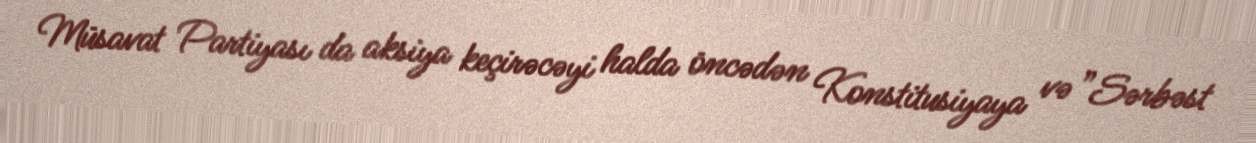
Müsavat Partiyası da aksiya keçirəcəyi halda öncədən Konstitusiyaya və ”Sərbəst